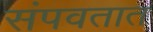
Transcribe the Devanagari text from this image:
संपवतात